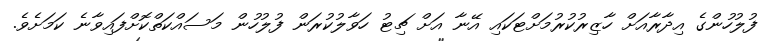
ފުލުހުންގެ އިދާރާއަށް ހާޒިރުކުރުމަށްޓަކައި އޭނާ އަށް ޗިޓު ހަވާލުކުރަން ފުލުހުން މަސައްކަތްކޮށްފައިވާނެ ކަމަށެވެ.